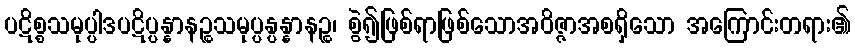
ပဋိစ္စသမုပ္ပါဒပဋိပ္ပန္နာနဉ္စသမုပ္ပန္ပန္နာနဉ္စ၊ စွဲ၍ဖြစ်ရာဖြစ်သောအဝိဇ္ဇာအစရှိသော အကြောင်းတရား၏